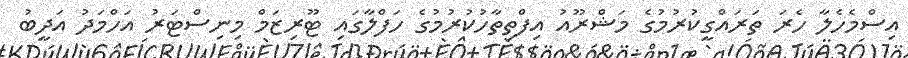
އިސްމެހެލާ ހެރަ ތަރައްގީކުރުމުގެ މަޝްރޫއު އިފްތިތާހުކުރުމުގެ ހަފްލާގައި ޓޫރިޒަމް މިނިސްޓަރު އަހްމަދު އަދީބު